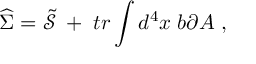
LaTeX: \widehat { \Sigma } = \widetilde { \mathcal { S } } \; + \; t r \int d ^ { 4 } x \; b \partial A \; ,